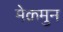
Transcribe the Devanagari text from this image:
मेक़मुन